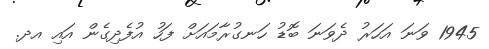
1945 ވަނަ އަހަރު ދެވަނަ ބޮޑު ހަނގުރާމައަށް ފަހު އުފެދިގެން އައި އދ.